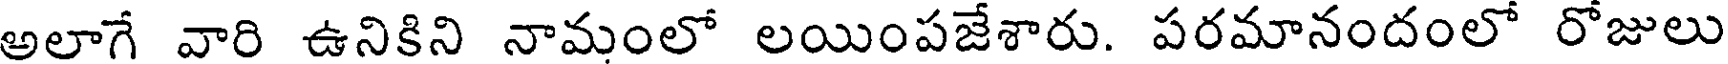
అలాగే వారి ఉనికిని నామంలో లయింపజేశారు. పరమానందంలో రోజులు